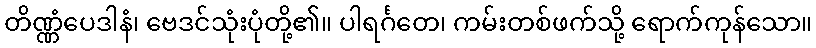
တိဏ္ဏံပေဒါနံ၊ ဗေဒင်သုံးပုံတို့၏။ ပါရင်္ဂတေ၊ ကမ်းတစ်ဖက်သို့ ရောက်ကုန်သော။